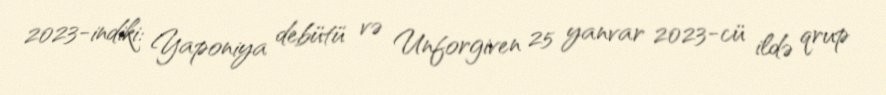
2023-indiki: Yaponiya debütü və Unforgiven 25 yanvar 2023-cü ildə qrup